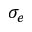
\sigma _ { e }